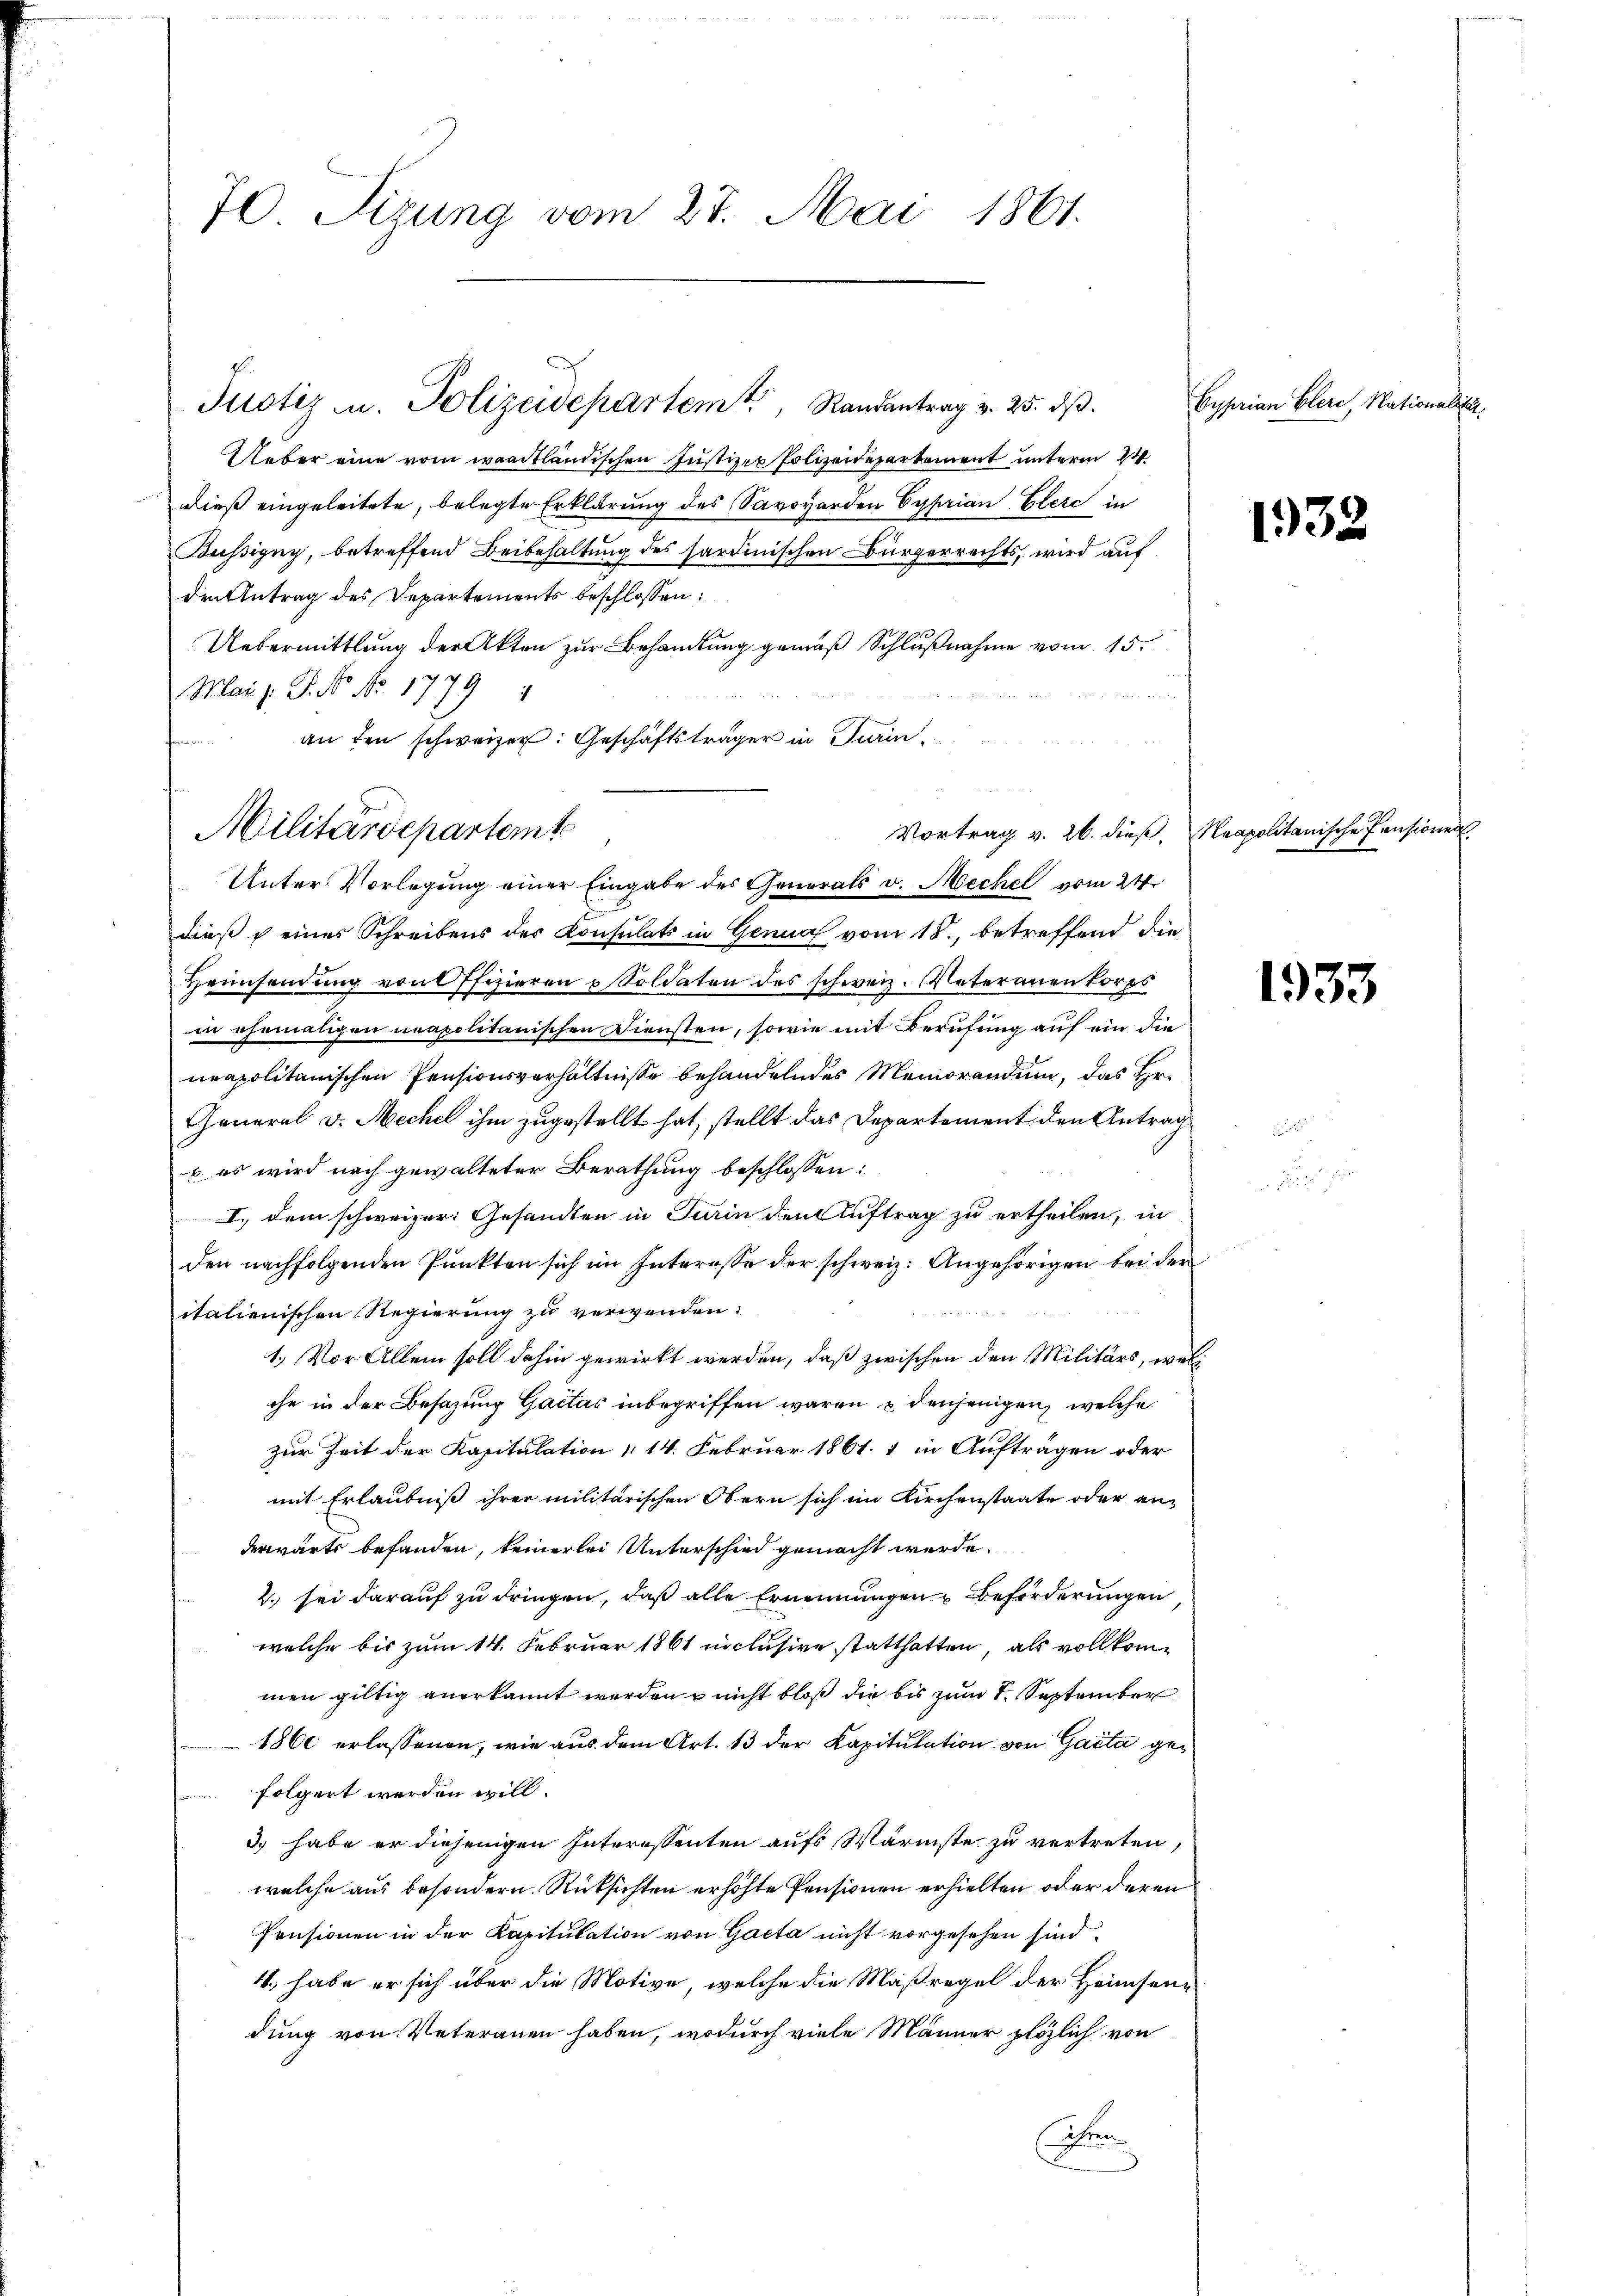
70. Sizung vom 27. Mai 1861.

Justiz u. Polizeidepartemt, Randantrag v. 25. dβ.

Ueber eine vom waadtländischen Justizer Polizeidepartement unterm 24
dieß eingeleitete, belegte Erklärung des Savovorden Cyprian Elerc in
Büssigny, betreffend Beibehaltung des sardinischen Bürgerrechts, wird auf
den Antrag des Departements beschlossen:
Uebermittlung der Akten zur Behandlung gemäß Schlußnahme vom 15.
Mai l. G. N. No. 1779 1
 an den schweizer: Geschäftsträger in Turin¬
Unter Vorlegung einer Eingabe des Generals v. Mechel vom 24.
dieß eines Schreibens des Konsulats in Genua vom 15., betreffend die
Heimsendung von Offizieren u Soldaten des schweiz. Vateranen korps
in ehemaligen neapolitanischen Diensten, sowie mit Berufung auf ein die
neapolitanischen Pensionsverhältnisse behandelndes Memorandung, das Hr.
General v. Mechel ihm zugestellt hat, stellt das Departement den Antrag
b es wird nach gewalteter Berathung beschlossen:
I. dem schweizer Gesandten in Turin den Auftrag zu ertheilen, in
den nachfolgenden Punkten sich im Interesse der schweiz. Angehörigen bei der
italienischen Regierung zu verwenden.
1.) Vor Allem soll dahin gewirkt werden, daß zwischen den Militärs, welc
che in der Besazung Gaclas inbegriffen waren & denjenigen, welche
zur Zeit der Kapitulation 114. Februar 1861. 1 in Aufträgen oder
mit Erlaubniß ihrer militärischen Obern sich im Kirchenstaate oder an-
derwärts befanden, keinerlei Unterschied gemacht werde.
2. sei darauf zu dringen, daß alle Ernennungen Beförderungen
welche bis zum 14. Februar 1861 niclusive statthatten, als vollkommen giltig anerkannt werden u nicht bloß die bis zum 1. September
1860 erlassenen, wie aus dem Art. 13 der Kapitulation von Gacta gefolgert werden will.
3) habe er diejenigen Interessenten aufs Wärmste zu vertreten,
welche aus besondern. Rücksichten erhöhte Pensionen erhielten oder deren
Pensionen in der Kapitulation von Gacta nicht vorgesehen sind.
4., habe er sich über die Motive, welche die Maßregel der Heimsendung von Veteranen haben, wodurch viele Männer plötzlich von
Fre

Militärdepartemt

Cyprian Elere, Nationalitär,

Vortrag v. 26. dieß, Neapolitanische Pensionen

1932

1933